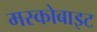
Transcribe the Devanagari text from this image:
मस्कोबाइट